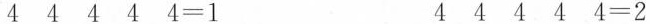
$$4 4 4 4 4 = 1$$ $$4 4 4 4 4 = 2$$